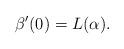
LaTeX: \begin{align*}\beta'(0)=L(\alpha).\end{align*}